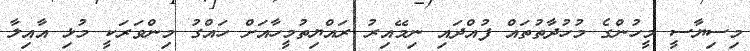
މިސިޔާސީ މީހުންގެ މުހުދާތުތައް ފުއްދައި ނިމޭއިރު ރައްޔިތުމީހާއަށް ހައްގު މިންވަރަކީ މުޅި އާއިލާ